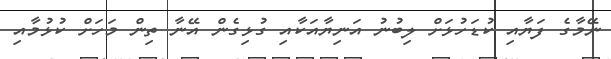
ނޭމާގެ ފަޔާއި ކުޑަހުޅަށް ލިބުނު އަނިޔާއަކާއި ގުޅިގެން އޭނާ ތިން މަހަށް ކުޅުމާއި